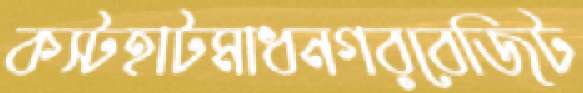
কস্টহাটমাধনগরবেজিট